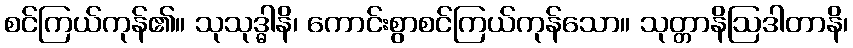
စင်ကြယ်ကုန်၏။ သုသုဒ္ဓါနိ၊ ကောင်းစွာစင်ကြယ်ကုန်သော။ သုတ္တာနိဩဒါတာနိ၊